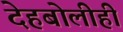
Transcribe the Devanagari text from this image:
देहबोलीही